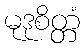
မုဒုစိတ္တံ